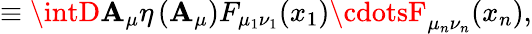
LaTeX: \equiv\intD\mathbf{A}_{\mu}\eta\left(\mathbf{A}_{\mu}\right)F_{\mu_{1}\nu_{1}}(x_{1})\cdotsF_{\mu_{n}\nu_{n}}(x_{n}),